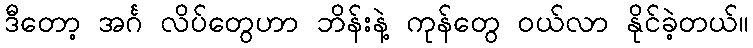
ဒီတော့ အင်္ဂ လိပ်တွေဟာ ဘိန်းနဲ့ ကုန်တွေ ဝယ်လာ နိုင်ခဲ့တယ်။